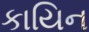
કાયિન